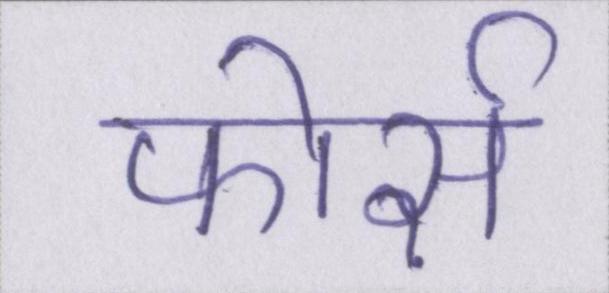
फोर्स